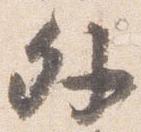
外